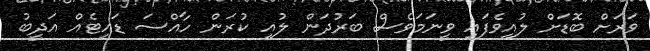
ވަރަށް ބޮޑަށް ލުއިވެފައި ވީނަމަވެސް ބަރުދަން ލުއި ކުރަން ހާއްސަ ޑައިޓެއް އަދީބު